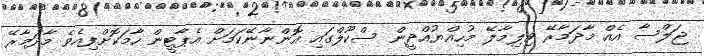
ޖަލްސާ އެއް މާދަމާރޭ ވިލިމާލޭ މުހިއްޔުއްދީން ސްކޫލްގައި އޮންނާނޭކަމަށް އެޕާޓީން ހާމަކޮށްފިއެވެ މާދަމާރޭ